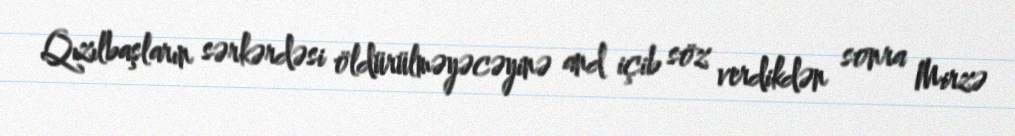
Qızılbaşların sərkərdəsi öldürülməyəcəyinə and içib söz verdikdən sonra Mirzə